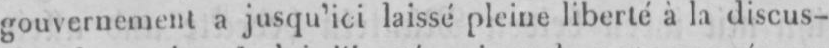
gouvernement a jusqu’ici laissé pleine liberté à la discus-